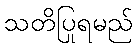
သတိပြုရမည်